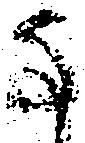
な